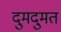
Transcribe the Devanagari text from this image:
दुमदुमत